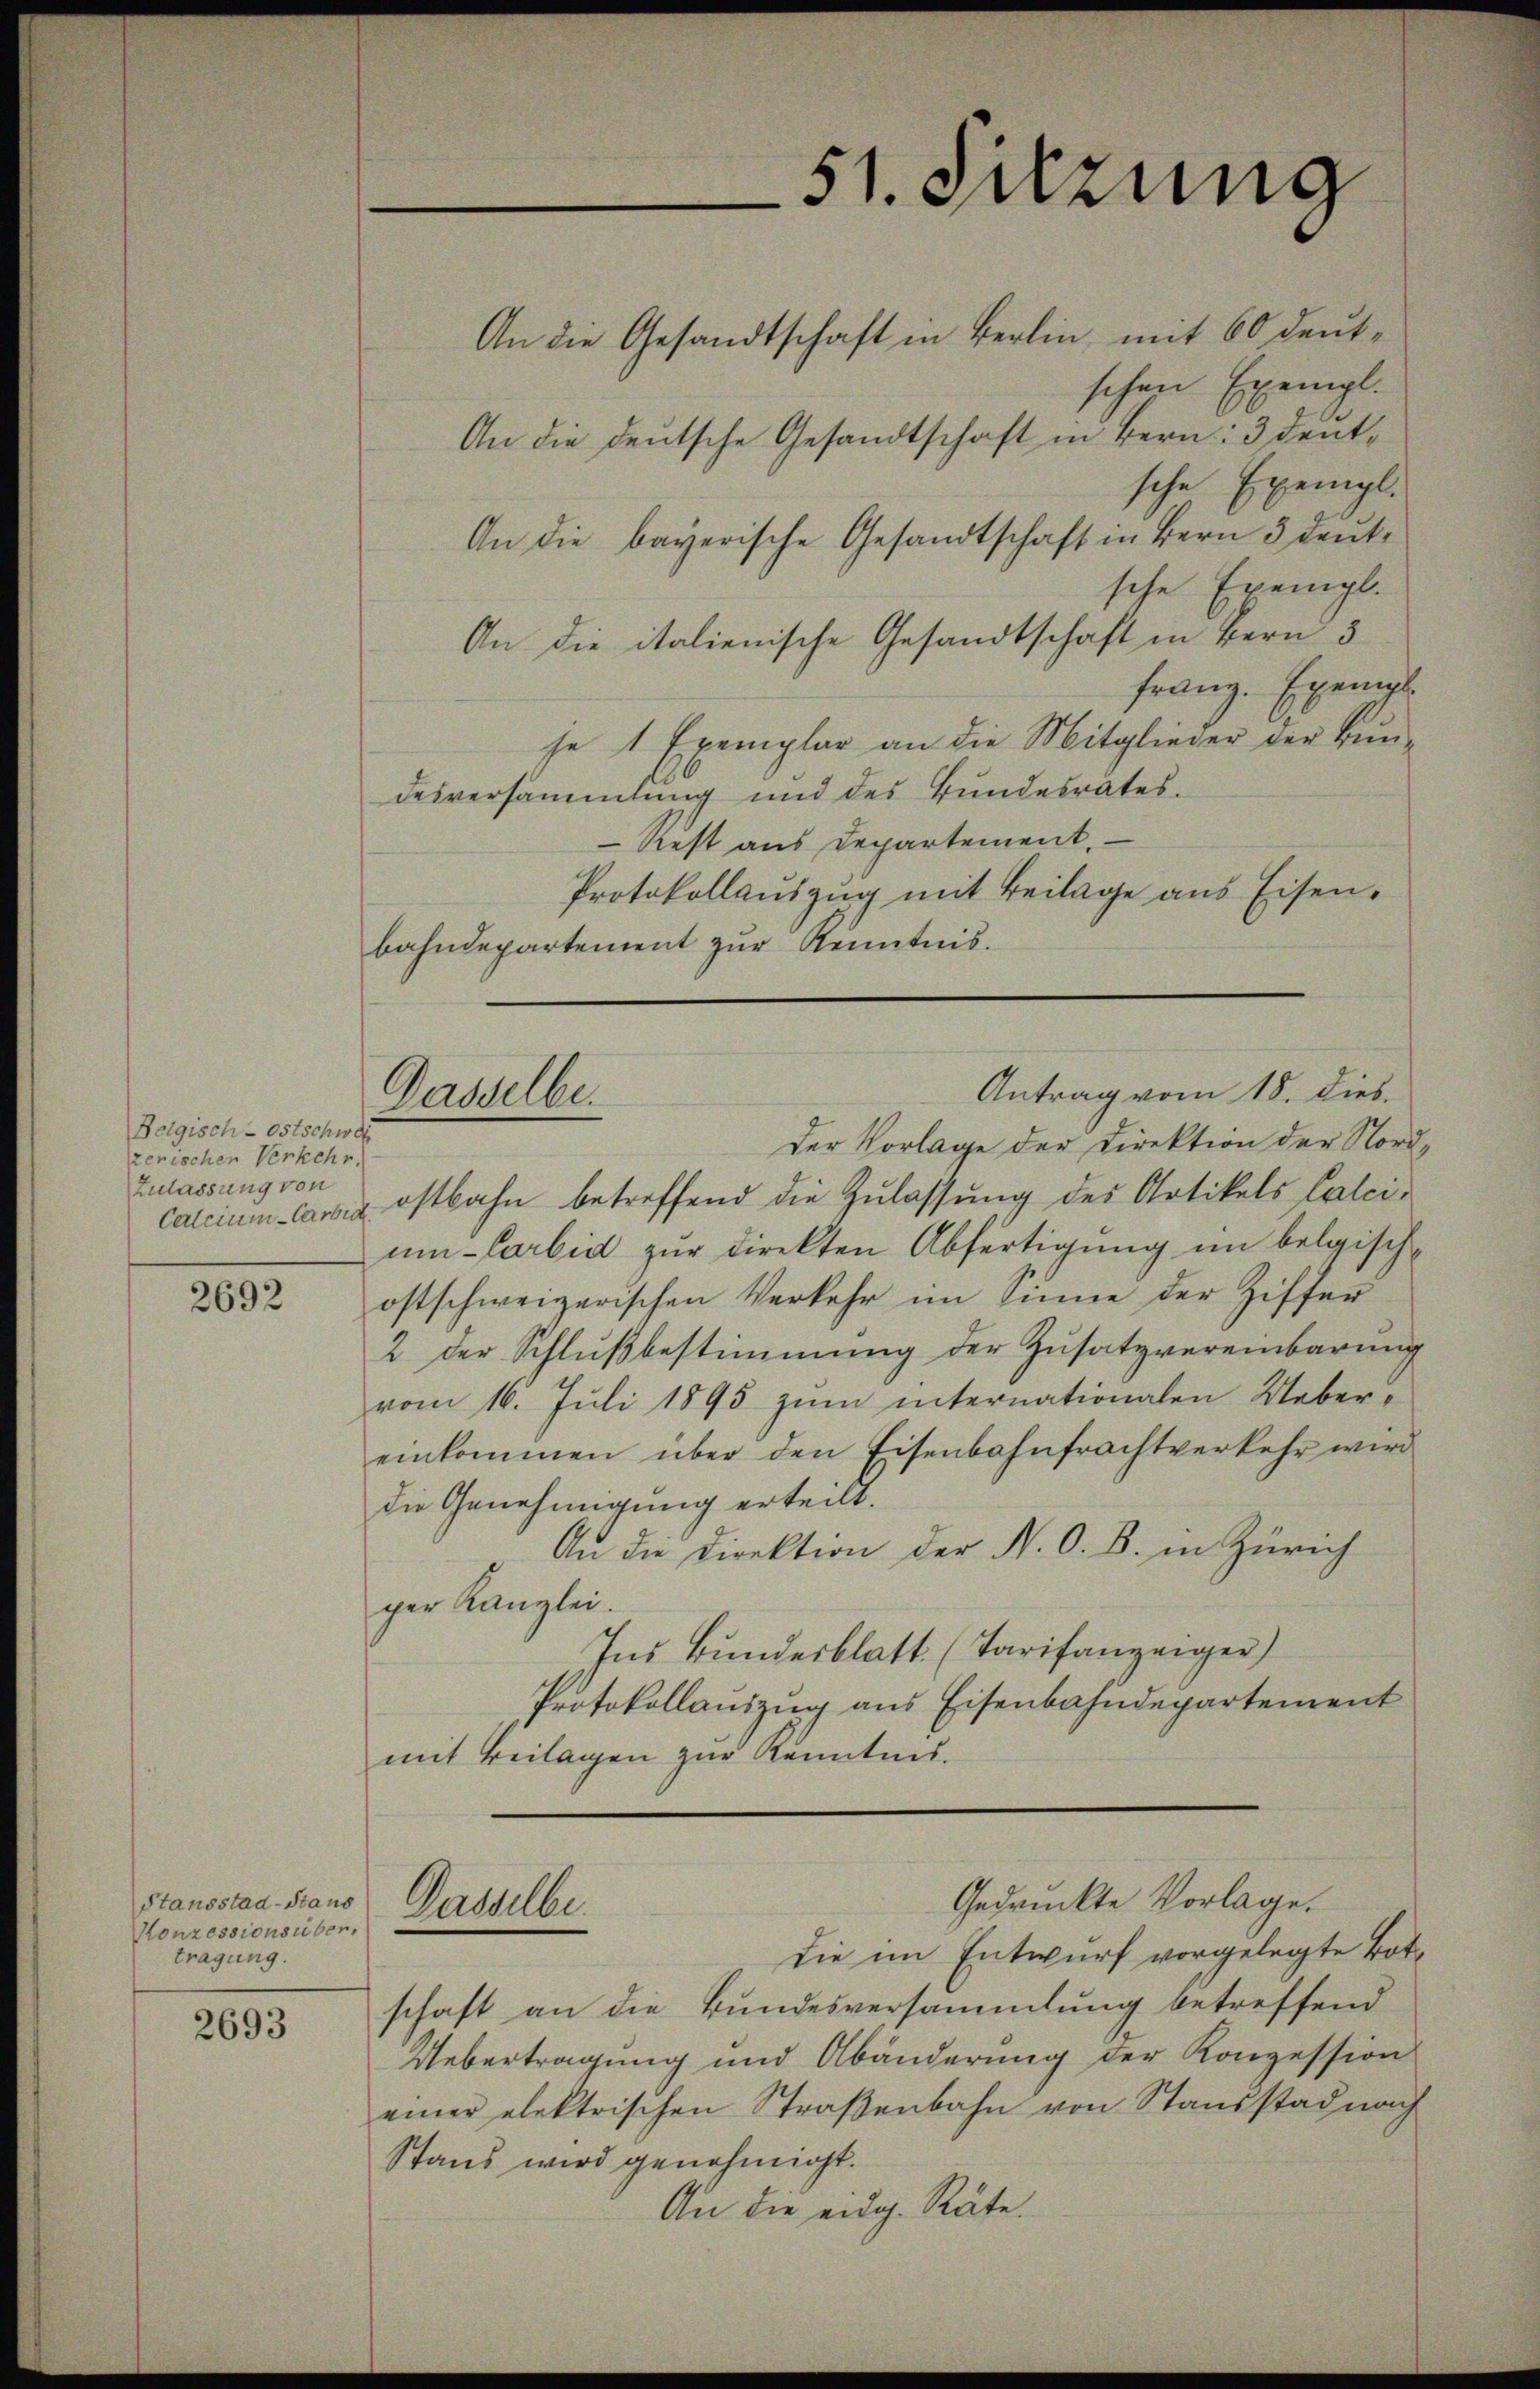
Belgisch-Ostschwar
zenischen Verkehr.
Zulassung von

2692

Stansstad-Stand
Konzessions über.
tragung.

2693

Dasselbe

An die Gesandtschaft in Berlin, mit 60 deutschen Exempl.
An die deutsche Gesandtschaft in Bern: 3 Dentsche Exempl.
An die bayerische Gesandtschaft in Bern 3 Deutsche Exempl.
An die italienische Gesandtschaft in Bern 3
Franz. Exempl
se 1 Exemplar an die Mitglieder der Bun-
desversammlung und des Bundesrates.
Rest aus Departement
Protokollaŭszŭg mit Beilage aus Eisen.
bahndepartement zur Kenntnis.

Dasselbe.

51. Sitzung

Antrag vom 18. Dieb.

Gedruckte Vorlage.

Der Vorlage der Direktion der Nordcatcium sowie ostbahn betreffend die Zulassung des Artikels Calci-
um Carbid zur Direkten Abfertigung im belgischostschweizerischen Verkehr im Sinne der Ziffer
2 der Schlußbestimmung der Zusatzvereinbarung
vom 16. Juli 1895 zŭm internationalen Ueber-
einkommen über den Eisenbahnfrachtverkehr wird
die Genehmigung erteilt.
An die Direktion der N. O. B. in Zürich
ger Kanzlei.
Ins Bundesblatt. (Tarifanzeiger)
Protokollauszug aus Eisenbahndepartement
mit Beilagen zŭr Kenntnis.

die im Entwurf vorgelegte Botschaft an die Bundesversammlung betreffend
Uebertragung und Abänderung der Konzession
einer elektrischen Straßenbahn von Stausstad nach
Stand wird genehmigt.
An die eidg. Räte.